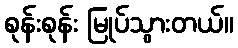
စုန်းစုန်း မြုပ်သွားတယ်။